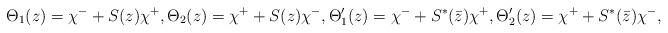
LaTeX: \begin{align*}\Theta_1(z)=\chi^-+S(z)\chi^+, \Theta_2(z)=\chi^++S(z)\chi^-,\Theta'_1(z)=\chi^-+S^*(\bar z)\chi^+, \Theta'_2(z)=\chi^++S^*(\bar z)\chi^-,\end{align*}